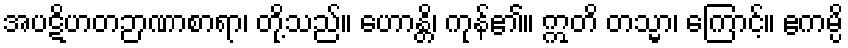
အပဋိဟတဉာဏာစာရာ၊ တို့သည်။ ဟောန္တိ၊ ကုန်၏။ ဣတိ တသ္မာ၊ ကြောင့်။ ဧကမ္ပိ